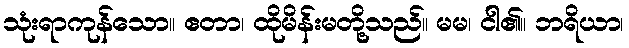
သုံးရာကုန်သော။ ဧတာ၊ ထိုမိန်းမတို့သည်။ မမ၊ ငါ၏။ ဘရိယာ၊